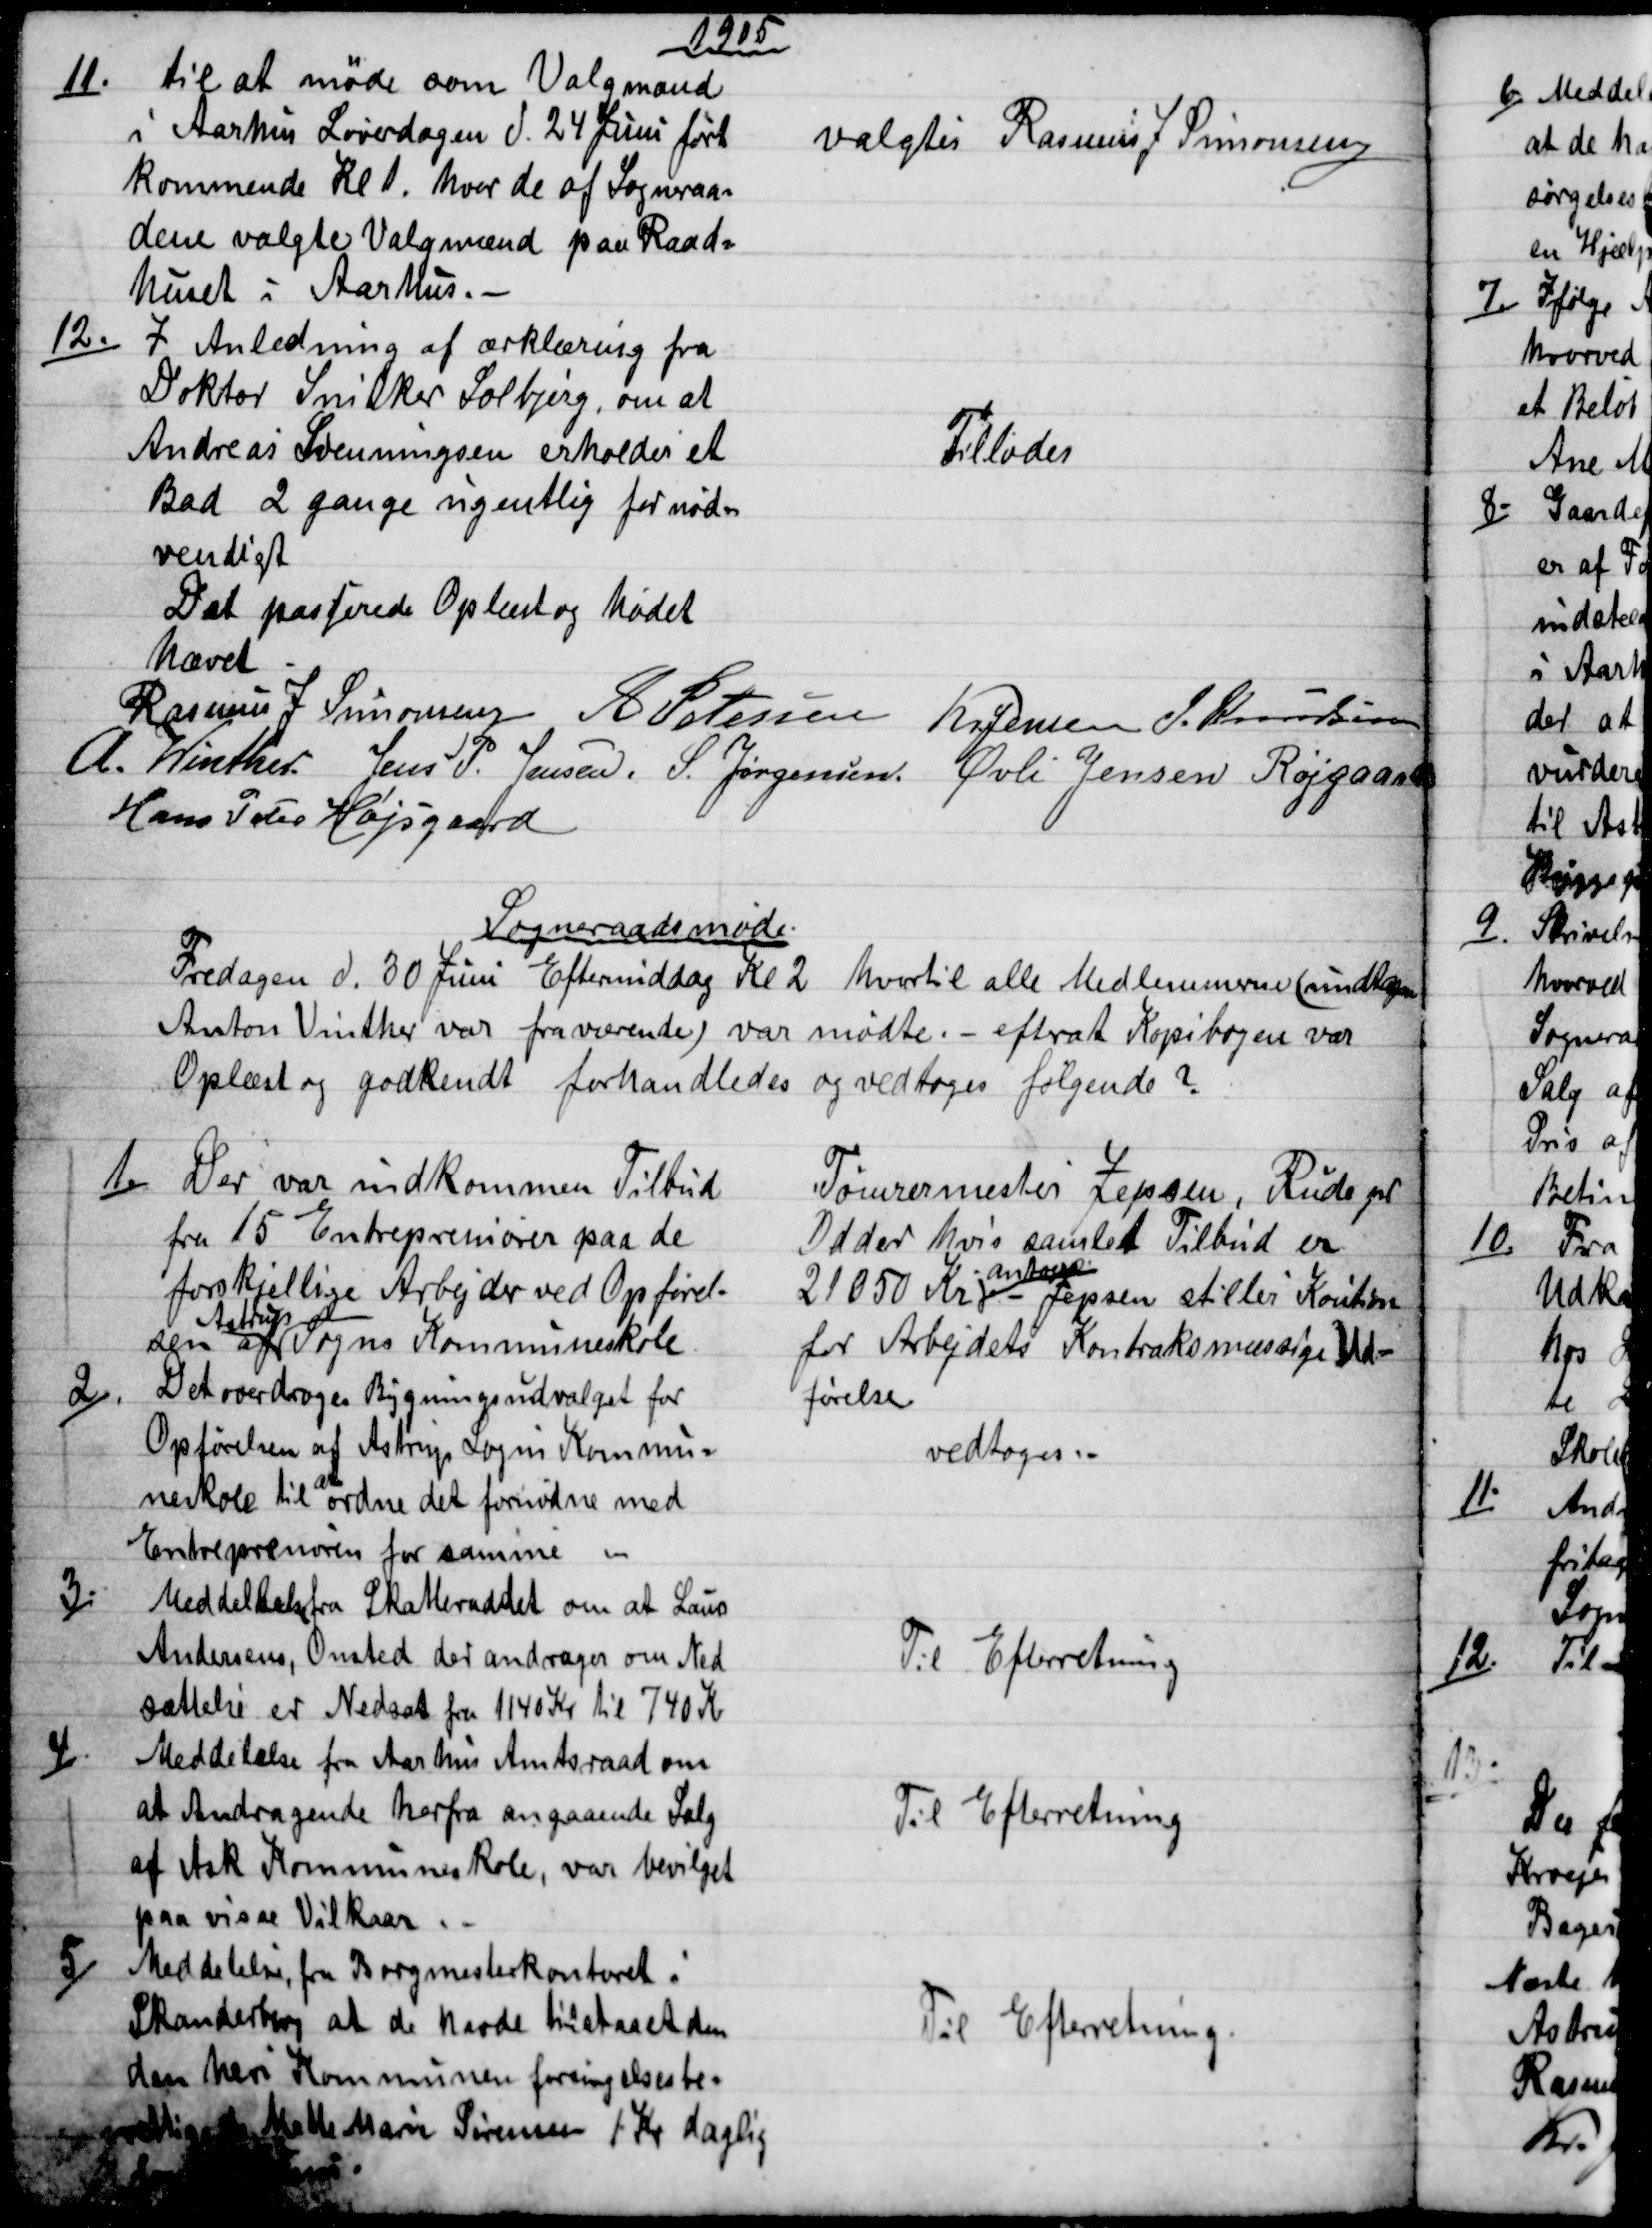
Transskription:
1905
11.)
til at møde som Valgmand
i Aarhus Løverdagen d. 24 Juni ført
kommende Kl. 1, hvor de af Sogneraa=
dene valgte Valgmænd paa Raad=
huset i Aarhus.
valgtes Rasmus J. Simonsen
12.)
I Anledning af ærklæring fra
Doktor Snitker Solbjerg, om at
Andreas Svenningsen erholder et
Bad 2 gange ugentlig for nød=
vendigt
Tillodes
Det passerede Oplæst og Mødet
hævet
Rasmus P. Simonsen A Petersen Kr Jensen J. Knudsen
A. Winther. Jens P. Jensen. S. Jørgensen. Øvli Jensen Røjgaard
Hans Peter Højsgaard
Sogneraadsmøde.
Fredagen d. 30 Juni Eftermiddag Kl 2 hvortil alle Medlemmerne (undtagen
Anton Vinther var fraværende) var mødte. - efterat Kopibogen var
Oplæst og godkendt forhandledes og vedtoges følgende ?
1.)
Der var indkommen Tilbud
fra 15 Entrepreniører paa de
forskjellige Arbejder ved Opførel-
sen af 
Astrup
Sogns Kommuneskole
Tømrermester Jepsen, Rude pr
Odder hvis samlet Tilbud er
21050 Kr
antoges
Jepsen stiller Koution
for Arbejdets Kontraksmæssige Ud-
førelse
2).
Det overdroges Bygningsudvalget for
Opførelsen af Astrup Sogns Kommu=
neskole til 
at
ordne det fornødne med
Entreprenøren for samme
vedtoges.
3.)
Meddeltelse fra Skatteraadet om at Laus
Andersens, Onsted der andrager om Ned-
sættelse er Nedsat fra 1140 Kr til 740 Kr
Til Efterretning
4).
Meddelelse fra Aarhus Amtsraad om
at Andragende herfra angaaende Salg
af Ask Kommuneskole, var bevilget
paa visse Vilkaar.
Til Efterretning
5)
Meddelelse fra Borgmesterkontoret i
Skanderborg at de havde tilstaaet den
den heri Kommunen forsørgelsesbe=
rettigede Mette Marie Sørensen 1 Kr daglig
Til Efterretning.